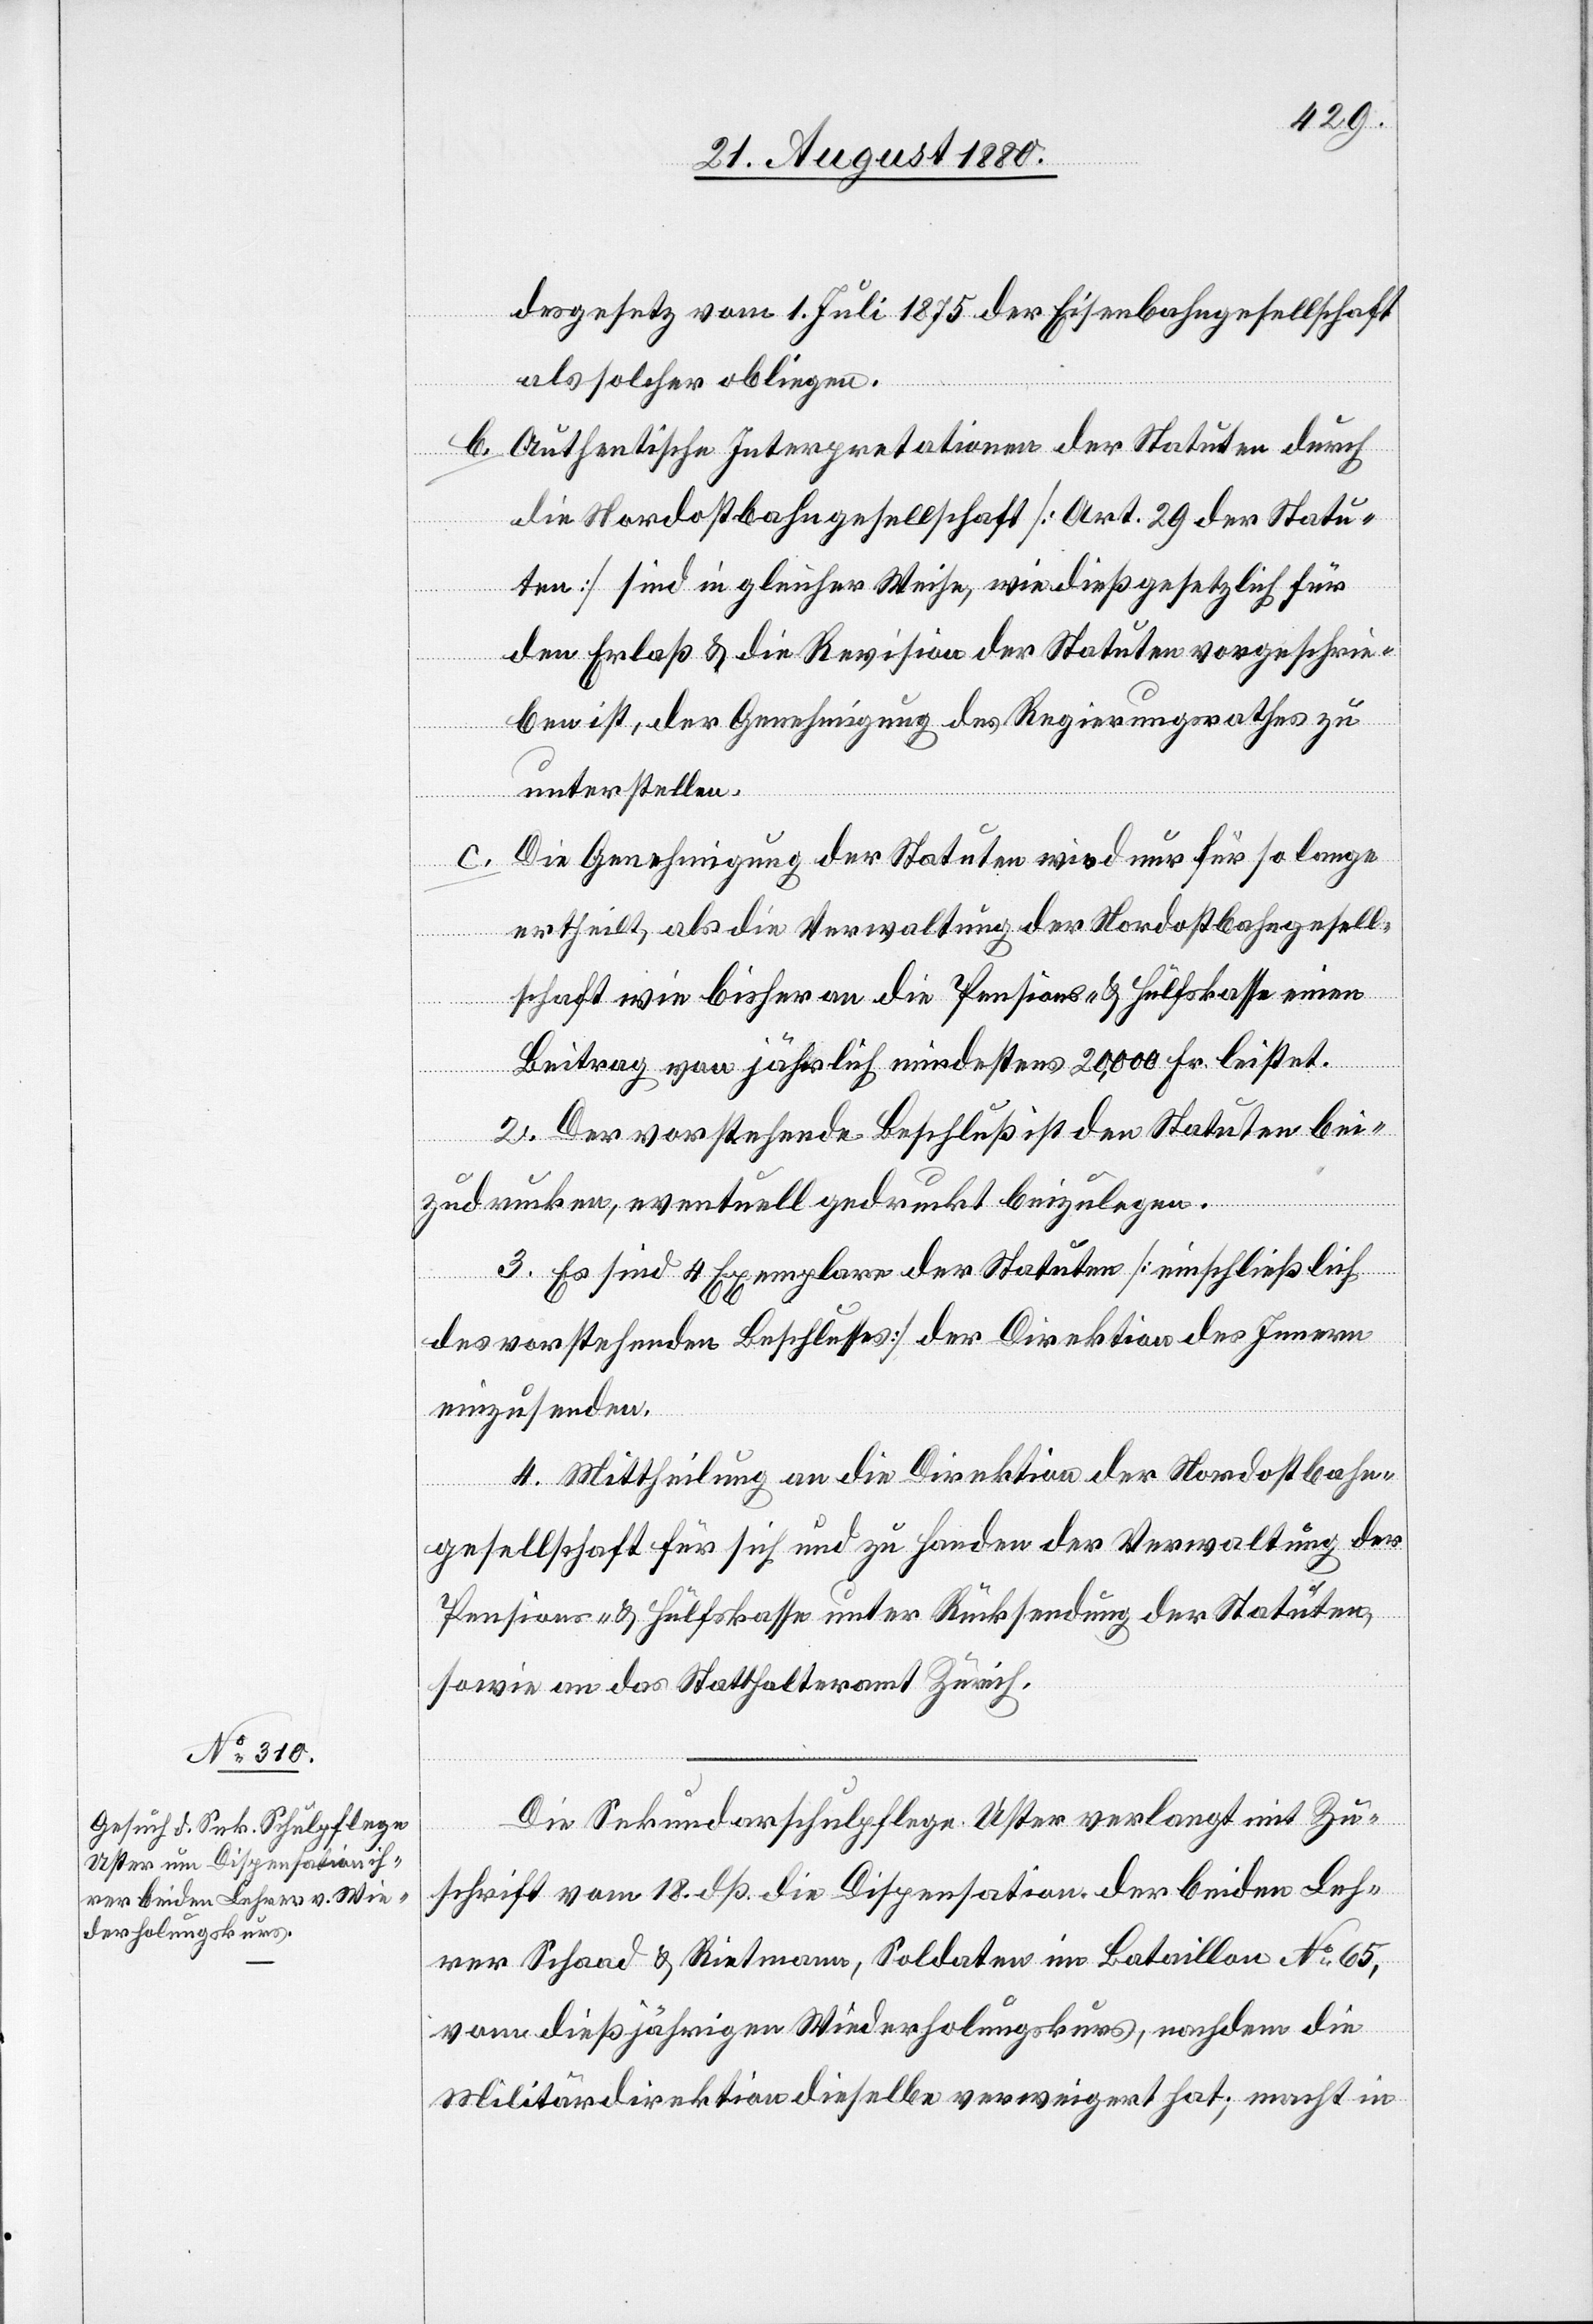
desgesetz vom 1. Juli 1878 der Eisenbahngesellschaft
als solcher obliegen.
b. Authentische Interpretationen der Statuten durch
die Nordostbahngesellschaft [Art. 29 der Statu¬
ten] sind in gleicher Weise, wie dieß gesetzlich für
den Erlaß & die Revision der Statuten vorgeschrie¬
ert¬
ben ist, der Genehmigung des Regierungsrathes zu
unterstellen.
c.
Die Genehmigung der Statuten wird nur für so lange
heilt wie bisher an die Pensions- & Hülfskasse einen
Beitrag von jährlich mindestens 20,000 Fr. leistet.
2. Der vorstehende Beschluß ist den Statuen bei¬
zudrucken, eventuell gedruckt beizulegen.
3. Es sind 4 Exemplare der Statuten [einschließlich
des vorstehenden Beschlusses] der Direktion des Innern
einzusenden.
4. Mitheilung an die Direktion der Nordostbahn¬
gesellschaft für sich und zu Handen der Verwaltung der
Pensions- & Hülfskasse unter Rücksendung der Statuen,
sowie an das Statthalteramt Zürich.
Die Sekundarschule Uster verlangt mit Zu¬
schrift vom 18. dß. die Dispensation der beiden Leh¬
rer Schaad & Rietmann, Soldaten im Bataillon No 65,
vom dießjährigen Widerholungskurs, nachdem die
Militärdirektion dieselbe verweigert hat; macht in